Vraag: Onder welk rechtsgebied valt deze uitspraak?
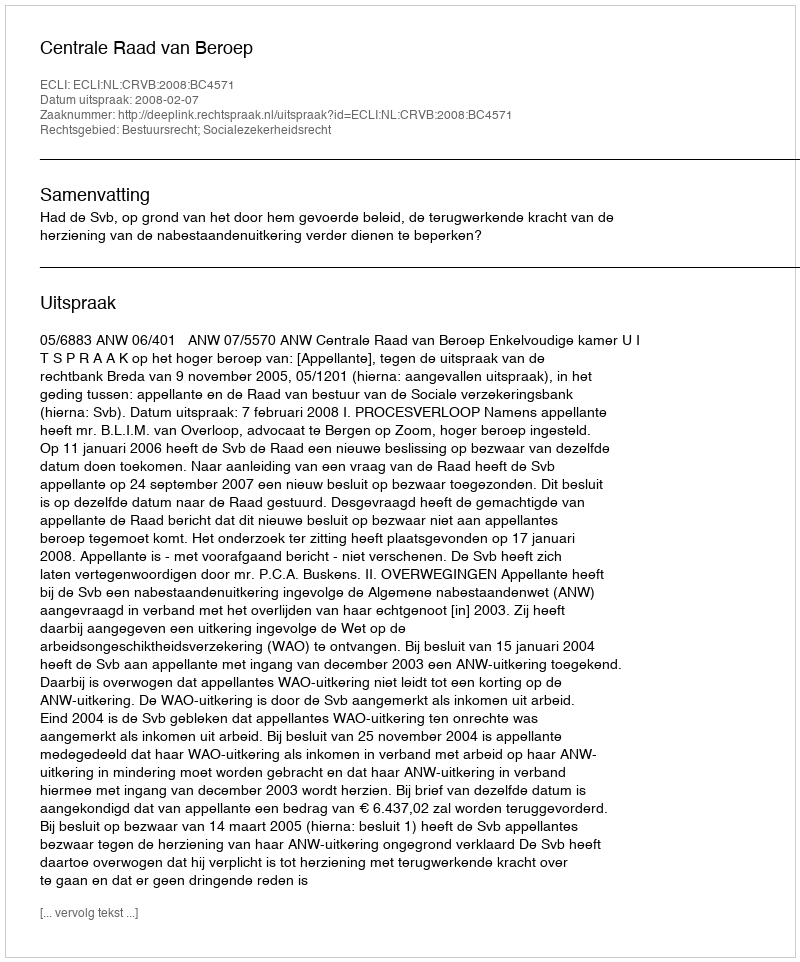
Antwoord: Bestuursrecht; Socialezekerheidsrecht